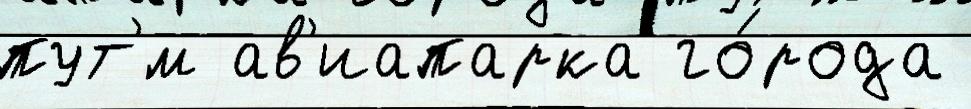
пут'́м ав'иапарка го́рода